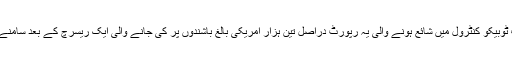
جرنل آف ٹوبیکو کنٹرول میں شائع ہونے والی یہ رپورٹ دراصل تین ہزار امریکی بالغ باشندوں پر کی جانے والی ایک ریسرچ کے بعد سامنے آئی ہے۔